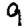
Digit: 9